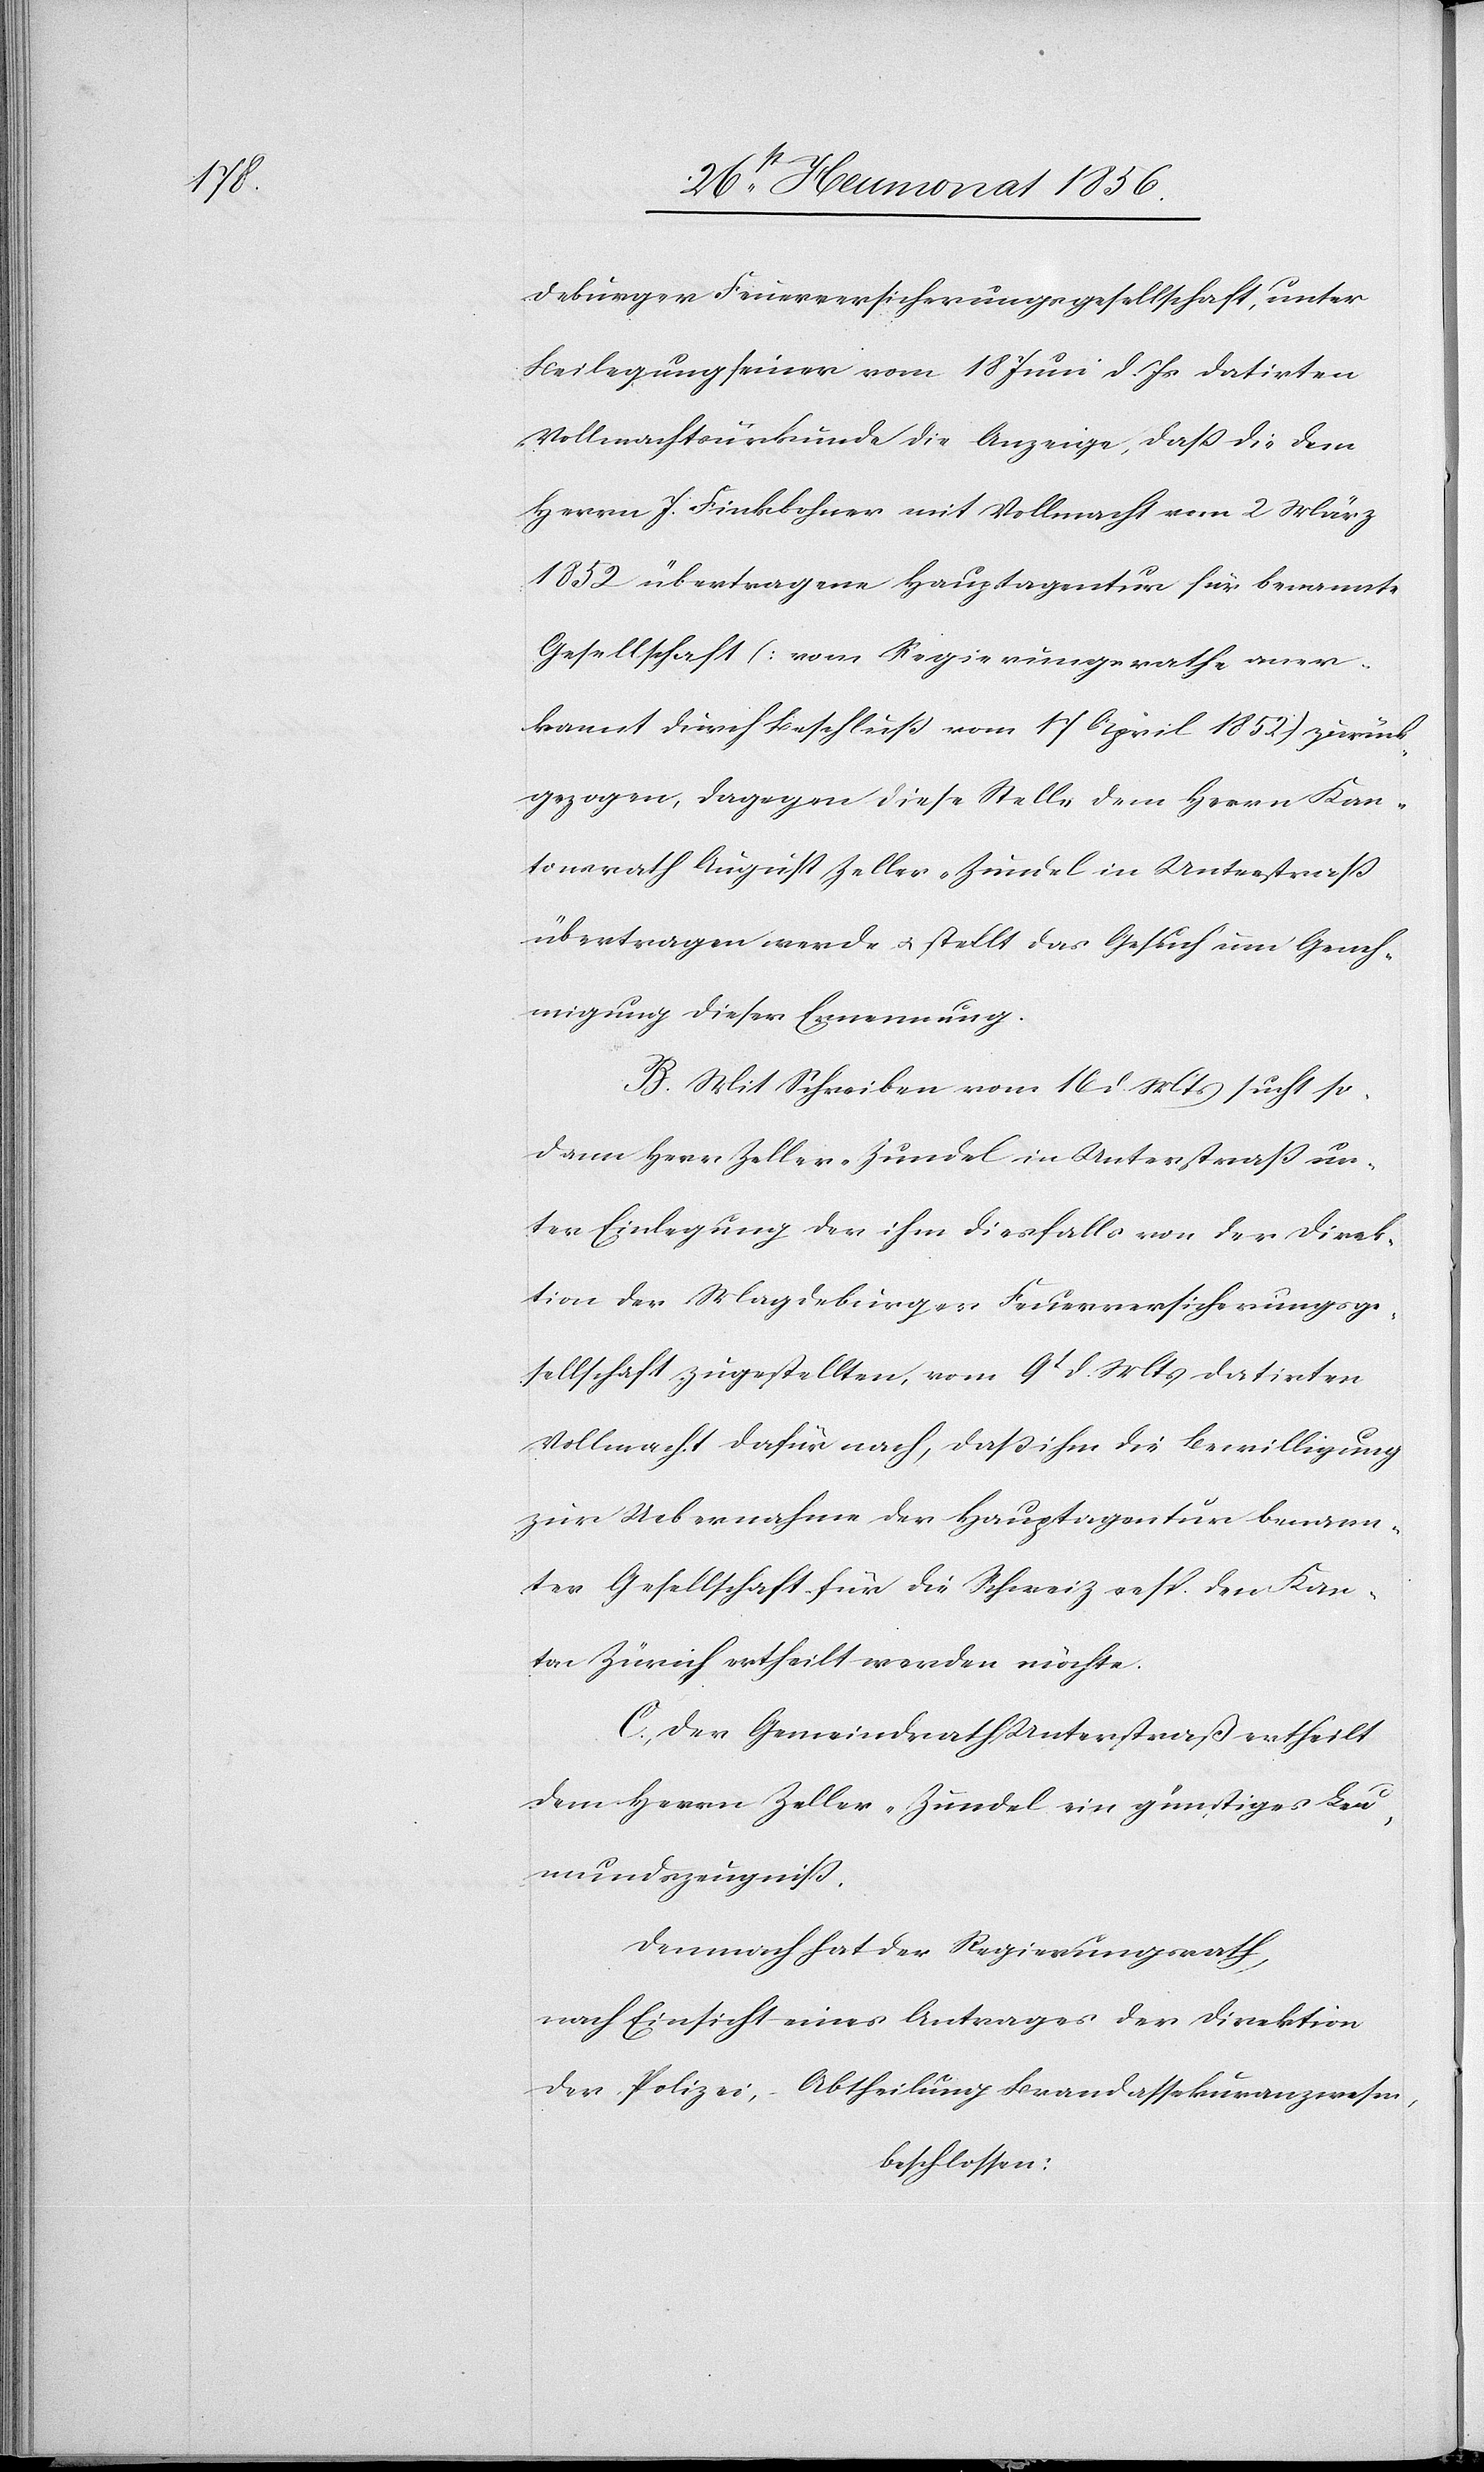
deburger Feuerversicherungsgesellschaft, unter
Beilegung seiner vom 18 Juni d. Js datirten
Vollmachtsurkunde die Anzeige, dass die dem
Herrn J. Finkbohner mit Vollmacht vom 2 März
1852 übertragene Hauptagentur für benannte
Gesellschaft [vom Regierungsrathe aner¬
kannt durch Beschluss vom 17 April 1852] zurück¬
gezogen, dagegen diese Stelle dem Herrn Kan¬
tonsrath August Zeller-Zundel in Unterstrass
übertragen werde u. stellt das Gesuch um Geneh¬
migung dieser Ernennung.
B.) Mit Schreiben vom 16 d. Mts sucht so¬
dann Herr Zeller-Zundel in Unterstrass un¬
ter Einlegung der ihm diesfalls von der Direk¬
tion der Magdeburger Feuerversicherungsge¬
sellschaft zugestellten, vom 9t d. Mts datirten
Vollmacht dafür nach, dass ihm die Bewilligung
zur Uebernahme der Hauptagentur benann¬
ter Gesellschaft für die Schweiz resp. den Kan¬
ton Zürich ertheilt werden möchte.
C.) Der Gemeindrath Unterstraß ertheilt
dem Herrn Zeller-Zundel ein günstiges Leu¬
mundszeugniss.
Demnach hat der Regierungsrath,
nach Einsicht eines Antrages der Direktion
der Polizei, – Abtheilung Brandassekuranzwesen,
beschlossen: